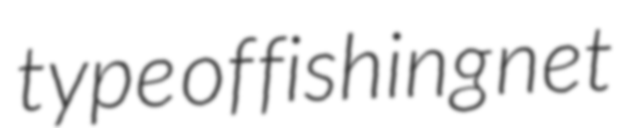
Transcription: type of fishing net